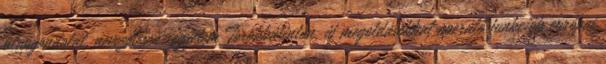
alapgondolat, nevezetesen: egyetem Törökbálinton, új megoldásokkal operáló funkciók európai